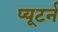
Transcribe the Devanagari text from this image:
प्यूटर्न